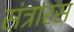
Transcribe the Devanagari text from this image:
संत्रारस